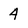
Character: 4